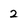
Character: 2